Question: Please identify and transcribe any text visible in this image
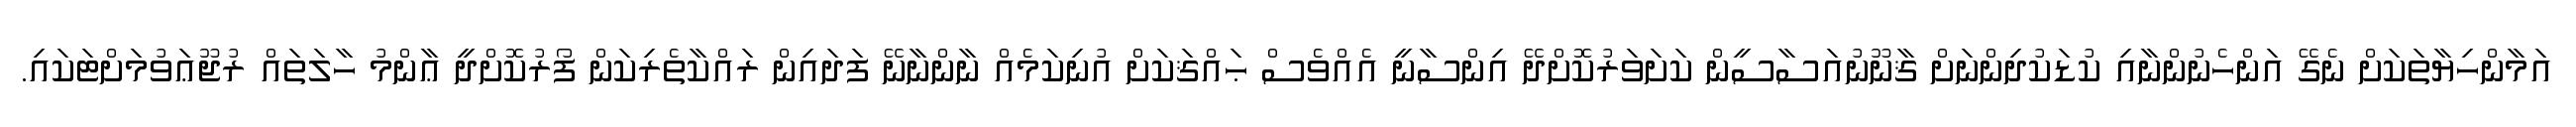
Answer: އަމާންހިޔާތަކަށް ނެގޭ އަންހެނުންނާއި ކުޑަކުދިންނަށް ޤާނޫނުއަސާސީން ކަށަވަރުކޮށްދޭ އިންސާނީ އެއްވެސް ޙައްޤަކަށް އުނިކަމެއް ނާންނާނޭ ފަދައިން ރައްކާތެރިކަން ފޯރުކޮށްދީ ޢާންމު ހާލަތައް ރުޖޫޢަވުމަށްޓަކައި.